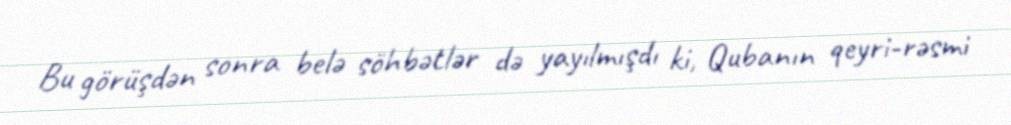
Bu görüşdən sonra belə söhbətlər də yayılmışdı ki, Qubanın qeyri-rəsmi